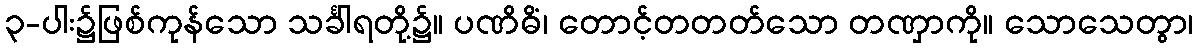
၃-ပါး၌ဖြစ်ကုန်သော သင်္ခါရတို့၌။ ပဏိဓိံ၊ တောင့်တတတ်သော တဏှာကို။ သောသေတွာ၊